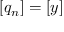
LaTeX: [ q _ { n } ] = [ y ]